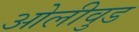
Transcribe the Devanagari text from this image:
ओलीवुड